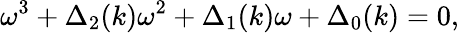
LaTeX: \omega^{3}+\Delta_{2}(k)\omega^{2}+\Delta_{1}(k)\omega+\Delta_{0}(k)=0,